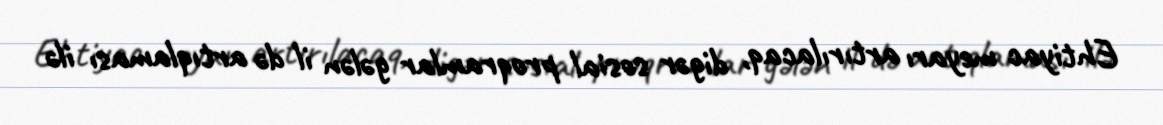
Ehtiyac meyarı artırılacaq, digər sosial proqramlar gələn il də artıqlaması ilə